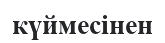
күймесінен